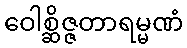
ဝေါစ္ဆိဇ္ဇတာရမ္မဏံ